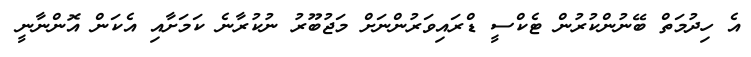
އެ ހިދުމަތް ބޭނުންކުރުން ޓެކްސީ ޑްރައިވަރުންނަށް މަޖުބޫރު ނުކުރާނެ ކަމަށާއި އެކަން އޮންނާނީ